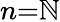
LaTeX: n{=}\mathbb{N}